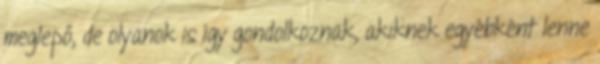
meglepő, de olyanok is így gondolkoznak, akiknek egyébként lenne